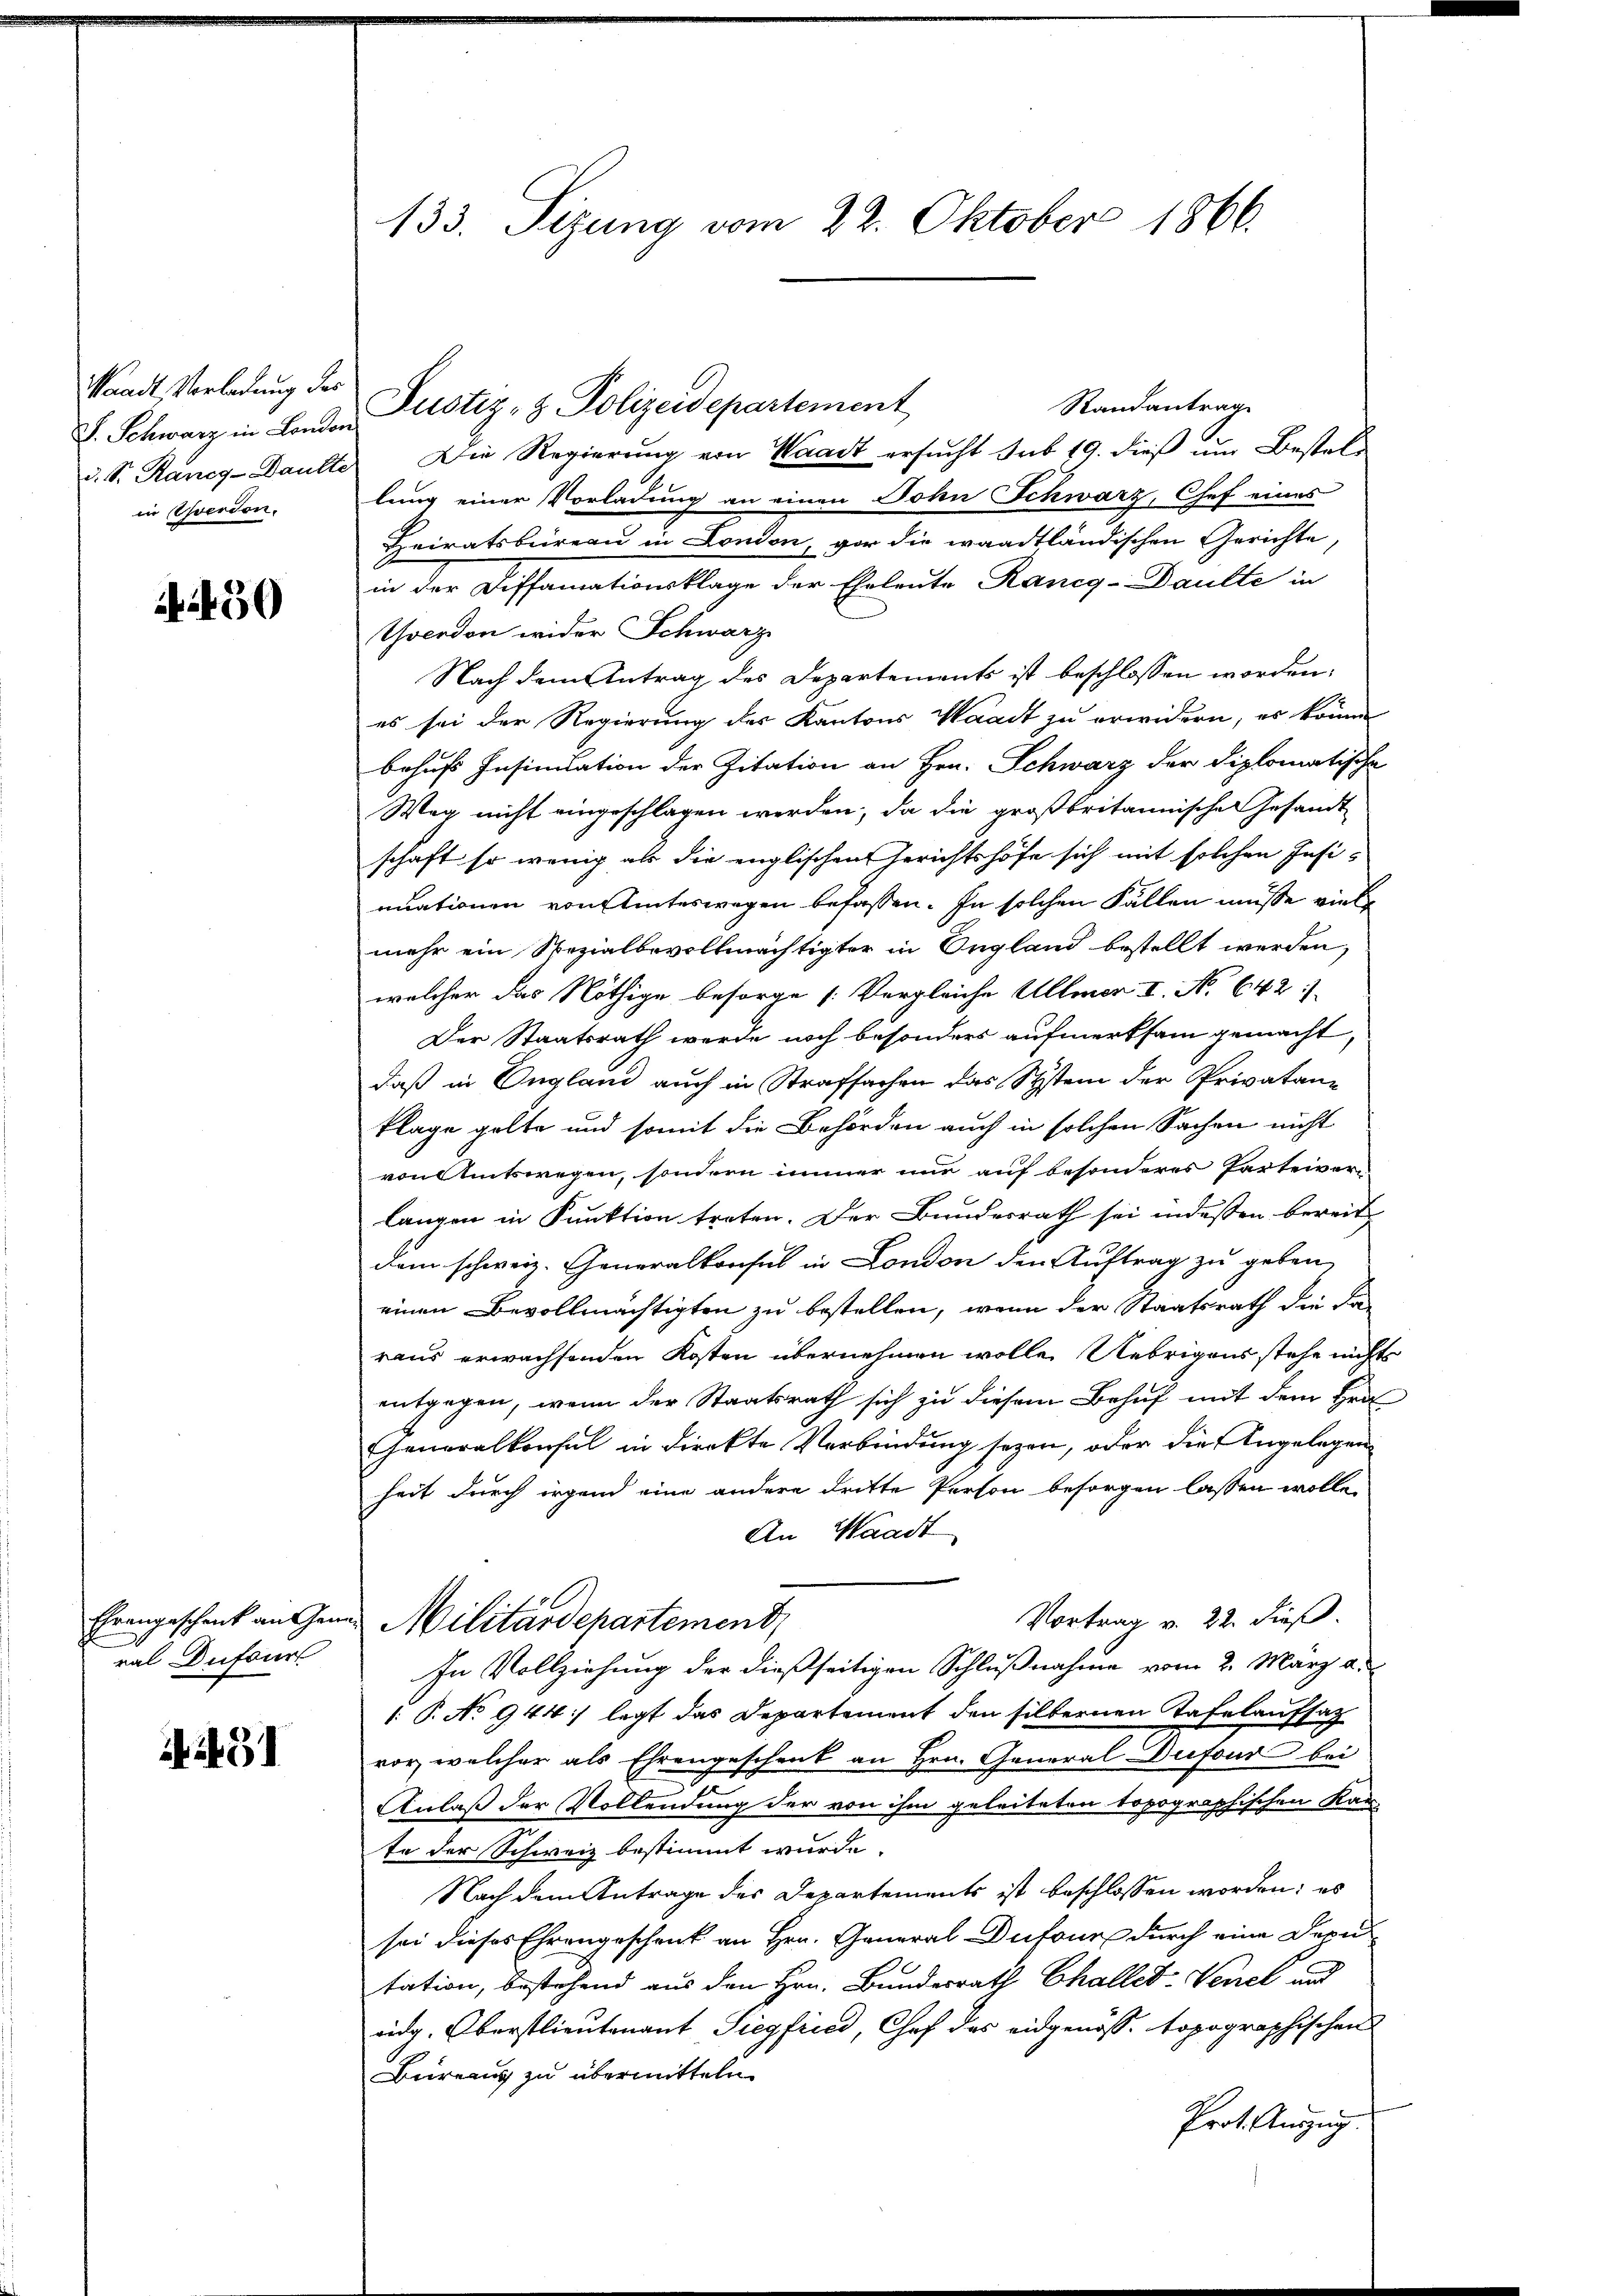
Waadt, Verladung des
S. Schwarz in London.
in Eerdon.

450

ral Dufour

ii451

133. Sizung vom 22. Oktober 1866.

Randantrag
d. S. Rang-Daulte Die Regierŭng von Waadt ersŭcht sub 19. dieβ ŭm Bestel-
lung einer Vorladung an einen John Schwarz, Chef eines
Heiratsbüreau in London, vor die waadtländischen Gerichte,
in der Diffamationsklage der Eheleute Rancg-Daulte in
Yverdon wider Schwarz
Nach dem Antrag des Departements ist beschlossen worden,
es sei der Regierung des Kantons Waadt zu erwidern, es könne
behufs Insinuation der Zitation an Hrn. Schwarz der diplomatische
Weg nicht eingeschlagen werden, da die großbritannische Gesandt
schaft so wenig als die englischen Gerichtshofe sich mit solchen Insinuationen von Unterwegen befassen. In solchen Fällen müsse viel
mehr ein Spezialbevollmächtigter in England bestellt werden,
welcher das Nöthige besorge /: Vergleiche Allmer I. No 642. 1
Der Staatsrath werde noch besonders aufmerksam gemacht,
daß in England auch in Strafsachen das Systein der Privatane
klage gelte und somit die Behörden auch in solchen Sachen nicht
von Amtswegen, sondern immer nur auf besonderes Parteiver-
langen in Funktion treten. Der Bundesrath sei indessen bereit
dem schweiz. Generalkonsul in London den Auftrag zu geben,
einen Bevollmächtigten zu bestellen, wenn der Staatsrath die da
raus erwachsenden Kosten übernehmen wolle. Uebrigens stehe nichts
entgegen, wenn der Staatsrath sich zu diesem Behuf mit dem Hrn
Generalkonsul in direkte Verbindung seyen, oder die Angelegen
heit durch irgend eine andere dritte Person besorgen lassen wolle,
An Waadt
Vortrag v. 22. dieß.
Ehrengeschenk an Gener Militärdepartement,
In Vollziehung der dießseitigen Schlußnahme vom 2. März a.
1. P. No 944 :) legt das Departement den silbernen Tafelaufsatz
vor, welcher als Ehrengeschenk an Hrn. General Defond bei
.
Anlaß der Vollendung der von ihm geleiteten topographischen Kante der Schweiz bestimmt wurde.
Nach dem Antrage des Departements ist beschlossen worden; es
sei dieses Ehrengeschenk an Hrn. General-Dufour durch eine Depu
tation, bestehend aus den Hrn. Bundesrath Challet-Venel und
eidg. Oberstlieutenant Siegfried, Chef des eidgenöss. topographischen
Büreaus zu übermitteln
Prot. Auszug

Justiz- & Polizeidepartement